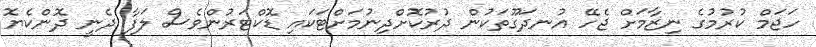
ހަޖަމް ކުރުމުގެ ނިޒާމަށް ޖެހޭ އުނދަގޫތަކުން ދުރުކޮށްދިނުމަށްޓަކައި ޑޮކްޓަރުންވެސް ލަފާ ދެނީ ދޮންކެޔޮ